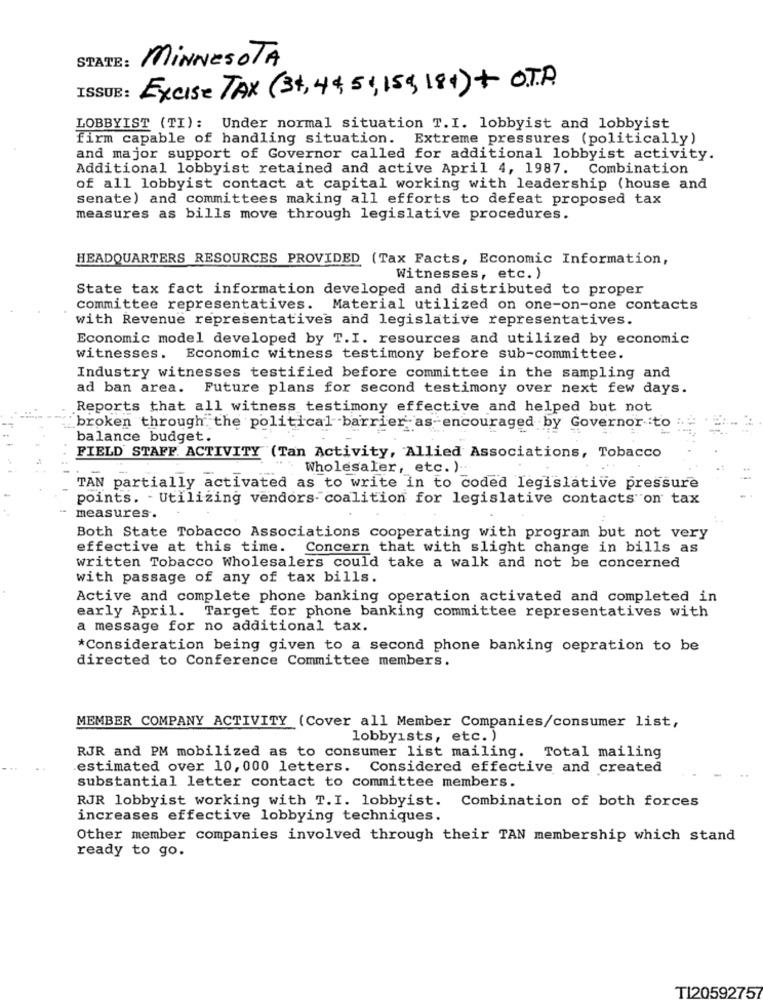
STATE:
MINNESOTA
Excise TAX (3+,4 ,51,15g,181)+ O.T.A.
ISSUE:
LOBBYIST (TI): Under normal situation T. I. lobbyist and lobbyist
firm capable of handling situation. Extreme pressures (politically)
and major support of Governor called for additional lobbyist activity.
Additional lobbyist retained and active April 4, 1987. Combination
of all lobbyist contact at capital working with leadership (house and
senate) and committees making all efforts to defeat proposed tax
measures as bills move through legislative procedures.
HEADQUARTERS RESOURCES PROVIDED (Tax Facts, Economic Information,
Witnesses, etc. )
State tax fact information developed and distributed to proper
committee representatives. Material utilized on one-on-one contacts
with Revenue representatives and legislative representatives.
Economic model developed by T.I. resources and utilized by economic
witnesses. Economic witness testimony before sub-committee.
Industry witnesses testified before committee in the sampling and
ad ban area. Future plans for second testimony over next few days.
Reports that all witness testimony effective and helped but not
broken through the political barrier as-encouraged by Governor to
balance budget.
FIELD STAFF. ACTIVITY (Tan Activity, Allied Associations, Tobacco
Wholesaler, etc. ).
TAN partially activated as to write in to coded legislative pressure
points. - Utilizing vendors- coalition for legislative contacts on tax
measures.
Both State Tobacco Associations cooperating with program but not very
effective at this time. Concern that with slight change in bills as
written Tobacco Wholesalers could take a walk and not be concerned
with passage of any of tax bills.
Active and complete phone banking operation activated and completed in
early April. Target for phone banking committee representatives with
a message for no additional tax.
*Consideration being given to a second phone banking oepration to be
directed to Conference Committee members.
MEMBER COMPANY ACTIVITY (Cover all Member Companies/consumer list,
lobbyists, etc. )
RJR and PM mobilized as to consumer list mailing. Total mailing
estimated over 10, 000 letters. Considered effective and created
substantial letter contact to committee members.
RJR lobbyist working with T.I. lobbyist. Combination of both forces
increases effective lobbying techniques.
Other member companies involved through their TAN membership which stand
ready to go.
TI20592757